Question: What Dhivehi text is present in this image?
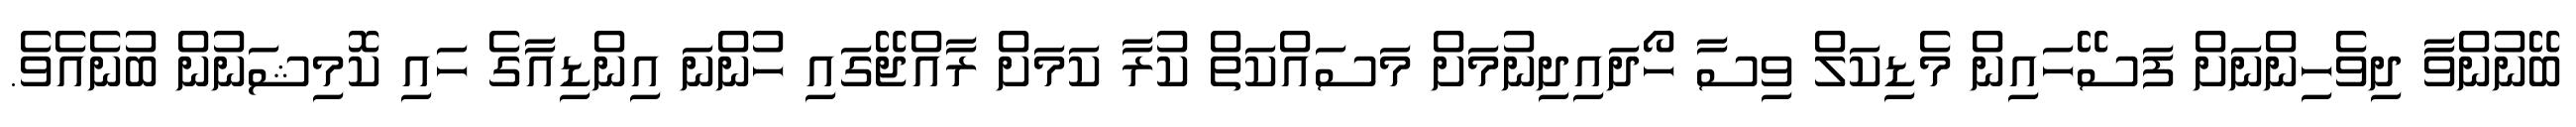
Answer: ބޭނުންވާ ދިވެހިންނަށް ފަސޭހައިން މެޑިކަލް ވިސާ ހޯދައިދިނުމަށް މަސައްކަތް ކުރާ ކަމަށް ރާއްޖޭގައި ހުންނަ އިންޑިއާގެ ހައި ކޮމިޝަނުން ބުނެއެވެ.